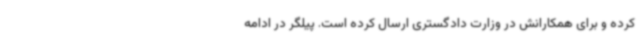
کرده و برای همکارانش در وزارت دادگستری ارسال کرده است. پیلگر در ادامه